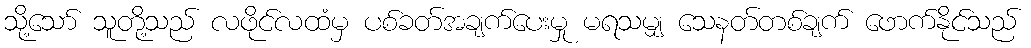
သို့သော် သူတို့သည် လဖိုင်လထံမှ ပစ်ခတ်အချက်ပေးမှု မရသမျှ သေနတ်တစ်ချက် ဖောက်နိုင်သည်